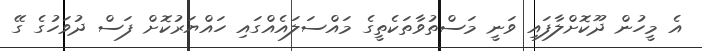
އެ މީހުން ދޫކޮށްލާފައި ވަނީ މަސްތުވާތަކެތީގެ މައްސަލައެއްގައި ހައްޔަރުކޮށް ފަސް ދުވަހުގެ ގޭ